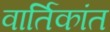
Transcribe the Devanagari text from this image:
वार्तिकांत